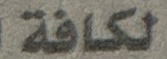
لكافة